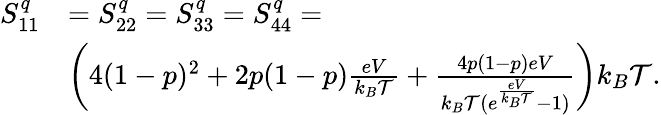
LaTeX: \begin{array}{rl}{S_{11}^{q}}&{=S_{22}^{q}=S_{33}^{q}=S_{44}^{q}=}\\ &{\left(4(1-p)^{2}+2p(1-p)\frac{eV}{k_{B}\mathcal{T}}+\frac{4p(1-p)eV}{k_{B}\mathcal{T}(e^{\frac{eV}{k_{B}\mathcal{T}}}-1)}\right)k_{B}\mathcal{T}.}\end{array}